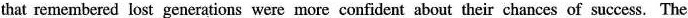
that remembered lost generations were more confident about their chances of success. The